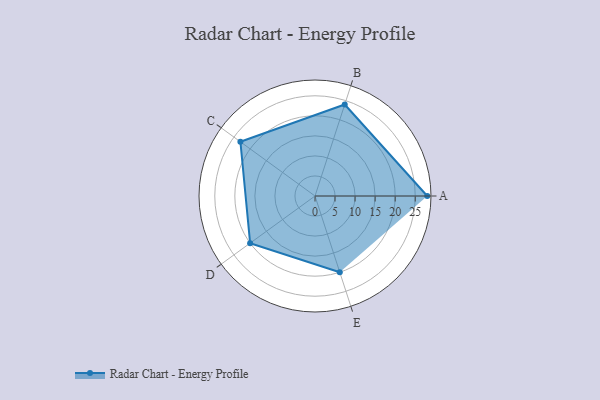
{"axis": {"x": "Skill", "y": "Score"}, "legend": ["Profile"], "data": [{"x": "A", "y": 28.0, "type": "Profile"}, {"x": "B", "y": 24.0, "type": "Profile"}, {"x": "C", "y": 23.0, "type": "Profile"}, {"x": "D", "y": 20, "type": "Profile"}, {"x": "E", "y": 20, "type": "Profile"}]}